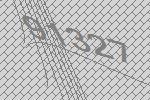
91327